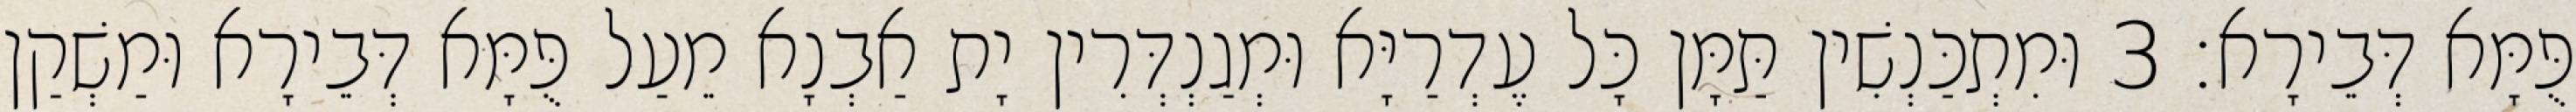
פֻּמָּא דְּבֵירָא׃ 3 וּמִתְכַּנְשִׁין תַּמָּן כָּל עֶדְרַיָּא וּמְגַנְדְּרִין יָת אַבְנָא מֵעַל פֻּמָּא דְּבֵירָא וּמַשְׁקַן